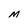
Character: M